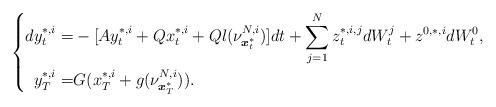
\begin{align*} \left\{ \begin{aligned}dy^{*,i}_t=&-[Ay^{*,i}_t+Qx^{*,i}_t+Ql(\nu^{N,i}_{\boldsymbol{x}^*_t})]dt+\sum_{j=1}^Nz_t^{*,i,j} dW^j_t+z^{0,*,i}dW^0_t,\\ y^{*,i}_T=& G(x_T^{*,i}+g(\nu^{N,i}_{\boldsymbol{x}^*_T})). \end{aligned} \right. \end{align*}